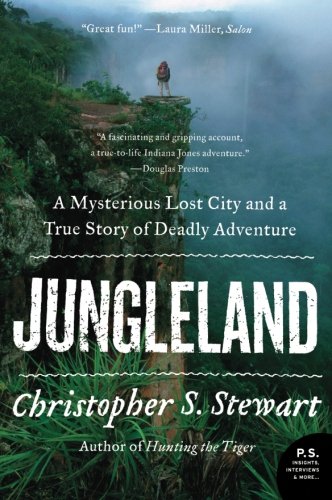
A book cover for Jungleland: A Mysterious Lost City and a True Story of Deadly Adventure (P.S.); Christopher S. Stewart; History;